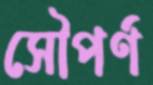
সৌপর্ণ